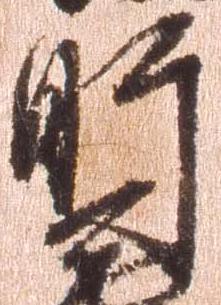
肝